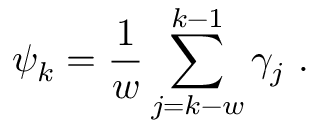
\psi _ { k } = \frac { 1 } { w } \sum _ { j = k - w } ^ { k - 1 } \gamma _ { j } \mathrm { ~ . ~ }